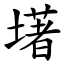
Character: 墸